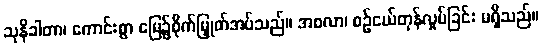
သုနိခါတာ၊ ကောင်းစွာ မြေ၌စိုက်မြှုတ်အပ်သည်။ အစလာ၊ စဉ်ငယ်တုန်လှုပ်ခြင်း မရှိသည်။